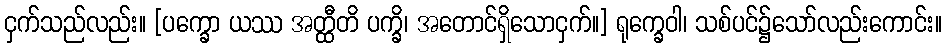
ငှက်သည်လည်း။ [ပက္ခော ယဿ အတ္ထီတိ ပက္ခိ၊ အတောင်ရှိသောငှက်။] ရုက္ခေဝါ၊ သစ်ပင်၌သော်လည်းကောင်း။